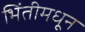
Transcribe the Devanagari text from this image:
भिंतीमधून